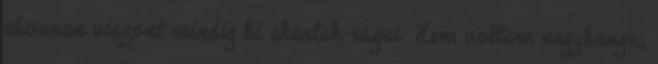
ahonnan viszont mindig ki akartak rúgni. Nem voltam nagyhangú,